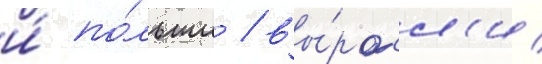
и́ по́льши / вы́росл'и